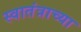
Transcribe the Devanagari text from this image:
स्वातंत्राच्या